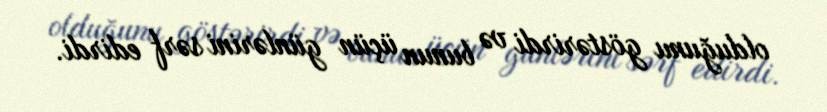
olduğunu göstərirdi və bunun üçün günlərini sərf edirdi.